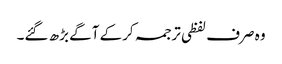
وہ صرف لفظی ترجمہ کرکے آگے بڑھ گئے۔